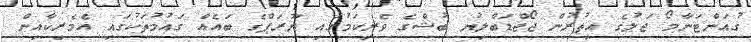
ގުއަންޓަނާމޯ ޖަލުގެ އިތުރުން ޖޯޖްޑަބްލިޔު ބުޝްގެ ވެރިކަމުގައި ޔޫރަޕްގެ ބައެއް ގައުމުތަކުގައި އެމެރިކާއިން